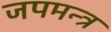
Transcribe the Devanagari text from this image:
जपमन्त्र